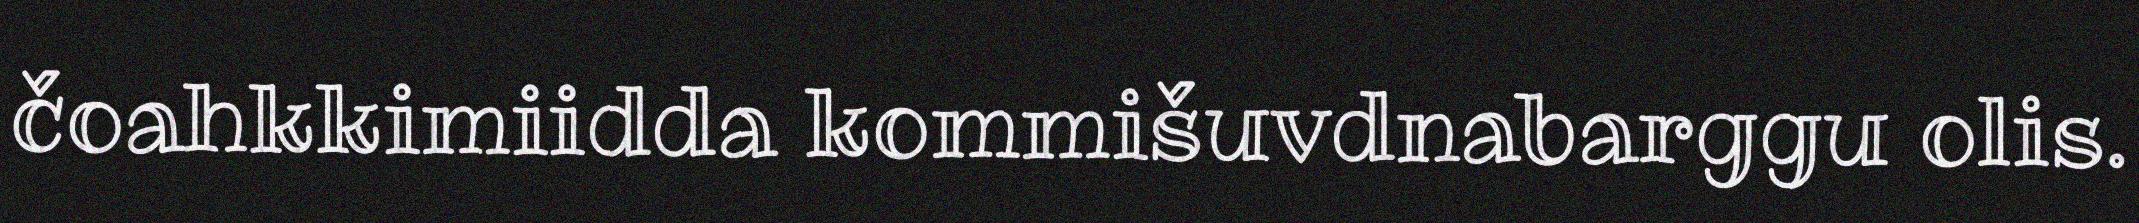
čoahkkimiidda kommišuvdnabarggu olis.